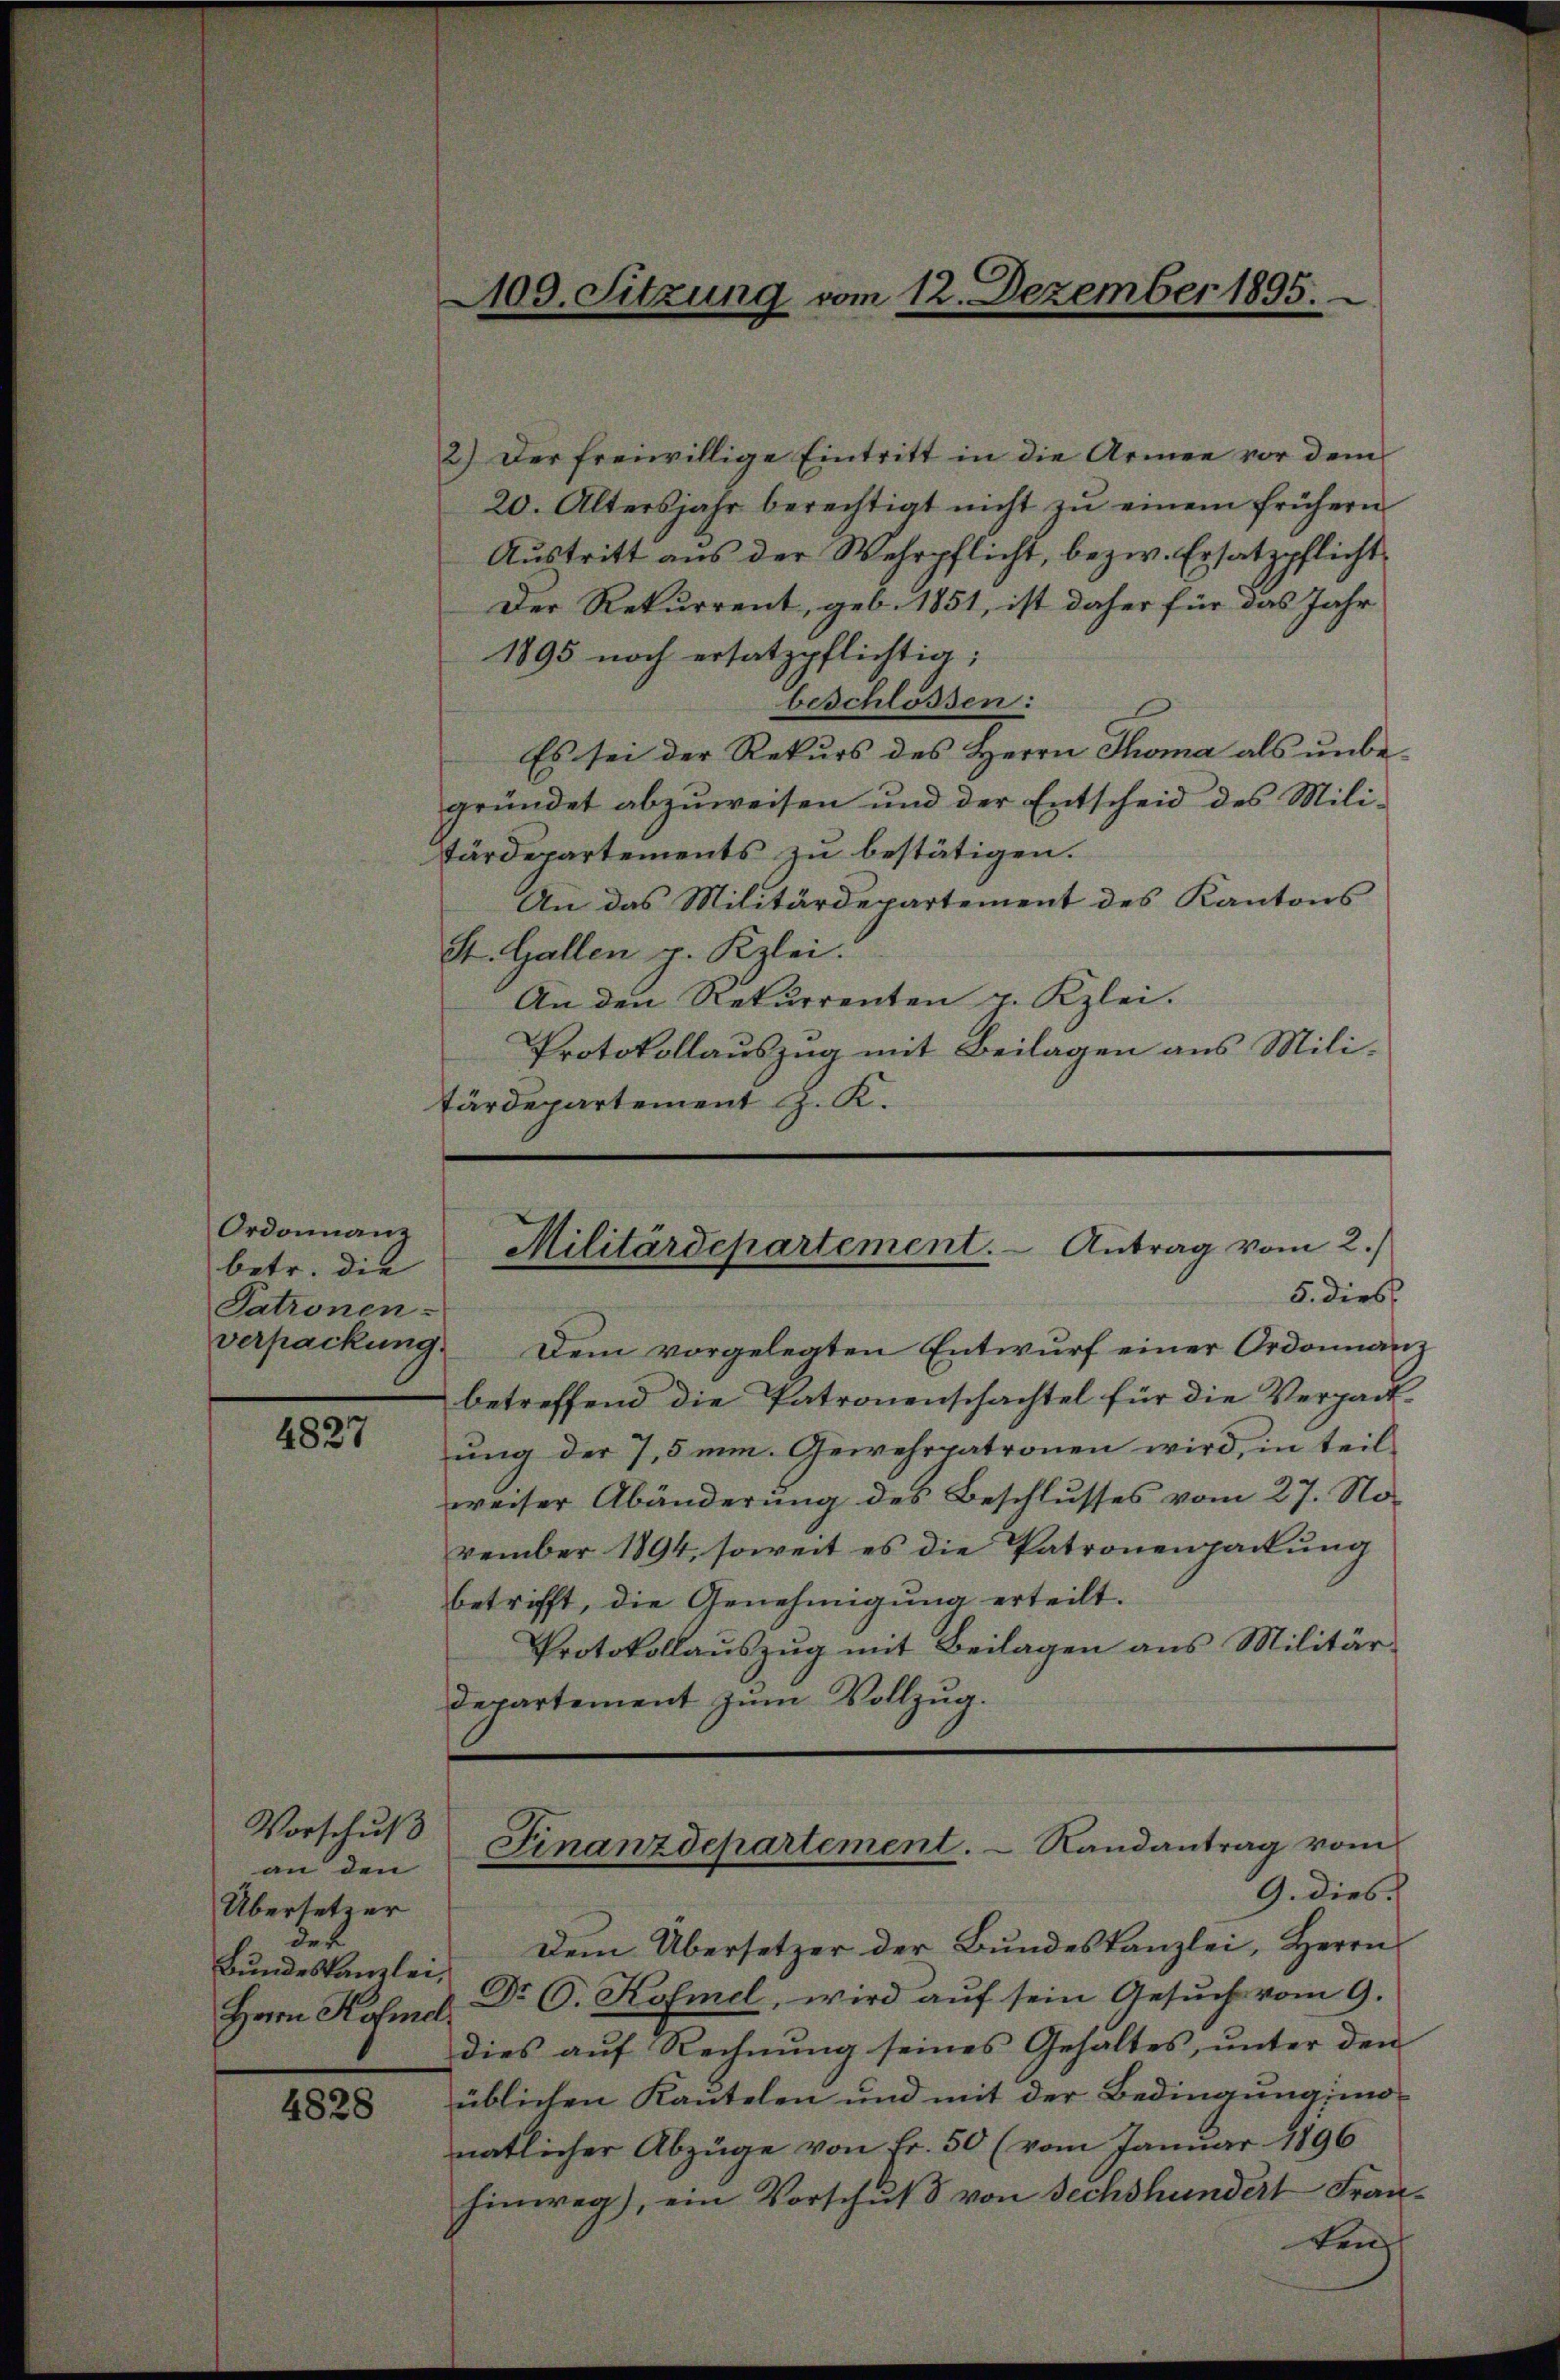
Ordonnanz
betr. die
Patronen-

4827

Vorschuß
an den
Übersetzer
des
Bundeskanzlei,

4828

2.) Der freiwillige Eintritt in die Armee vor dem
20. Altersjahr berechtigt nicht zŭ einem frühern
Austritt aus der Wehrpflicht, bezw. Ersatzpflicht
Der Rekurrent, geb. 1851, ist daher für das Jahr
1895 noch ersatzpflichtig;
beschlossen:
Es sei der Rekurs des Herrn Thoma als unbe-
gründet abzuweisen und der Entscheid des Mili-
tärdepartements zu bestätigen.
An das Militärdepartement des Kantons
St. Gallen p. Kzlei.
An den Rekurrenten p. Kzlei.
Protokollauszug mit Beilagen aus Mili¬
Färdepartement J. K.

100. Sitzung vom 12. Dezember 1895.

Militärdepartement. - Antrag vom 2.

5. dies
verpackung. Dem vorgelegten Entwŭrf einer Ordonnanz
betreffend die Patronenschachtel für die Verpadtung der 7,5 min. Gewehrpatronen wird, in teil
weiser Abänderung des Beschlusses vom 27. November 1894, soweit es die Patronenpackung
betrifft, die Genehmigung erteilt.
Protokollauszug mit Beilagen aus Militärdepartement zum Vollzug.

Finanzdepartement. - Randantrag vom
G. dies.

Dem Übersetzer der Bundeskanzlei, Herrn
Herrn Hofmed. Dr O. Kofmel, wird auf sein Gesuch vom 9.
dies auf Rechnung seines Gehaltes, unter den
üblichen Kautelen und mit der Bedingung in
natlicher Abzüge von Fr. 50 (vom Januar 1896
hinweg), ein Vorschuß von Sechshundert Franten